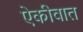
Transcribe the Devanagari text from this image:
ऐकीवात